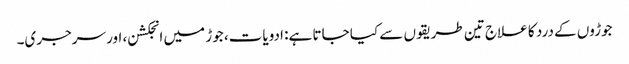
جوڑوں کے درد کا علاج تین طریقوں سے کیا جاتا ہے: ادویات، جوڑ میں انجکشن، اور سرجری۔